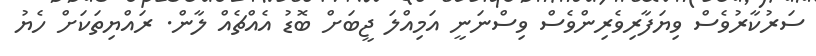
ސަރުކާރުވެސް ވިޔަފާރިވެރިންވެސް ވިސްނަނީ އަމިއްލަ ޖީބަށް ބޮޑު އެއްޗެއް ލާން. ރައްޔިތަކަށް ހެޔު